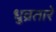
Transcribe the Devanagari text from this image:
धुव्रतारे